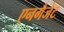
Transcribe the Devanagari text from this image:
एनगैजेट